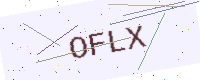
Text: OFLX